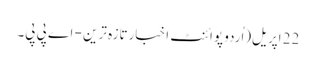
22 اپریل(اُردو پوائنٹ اخبارتازہ ترین - اے پی پی۔